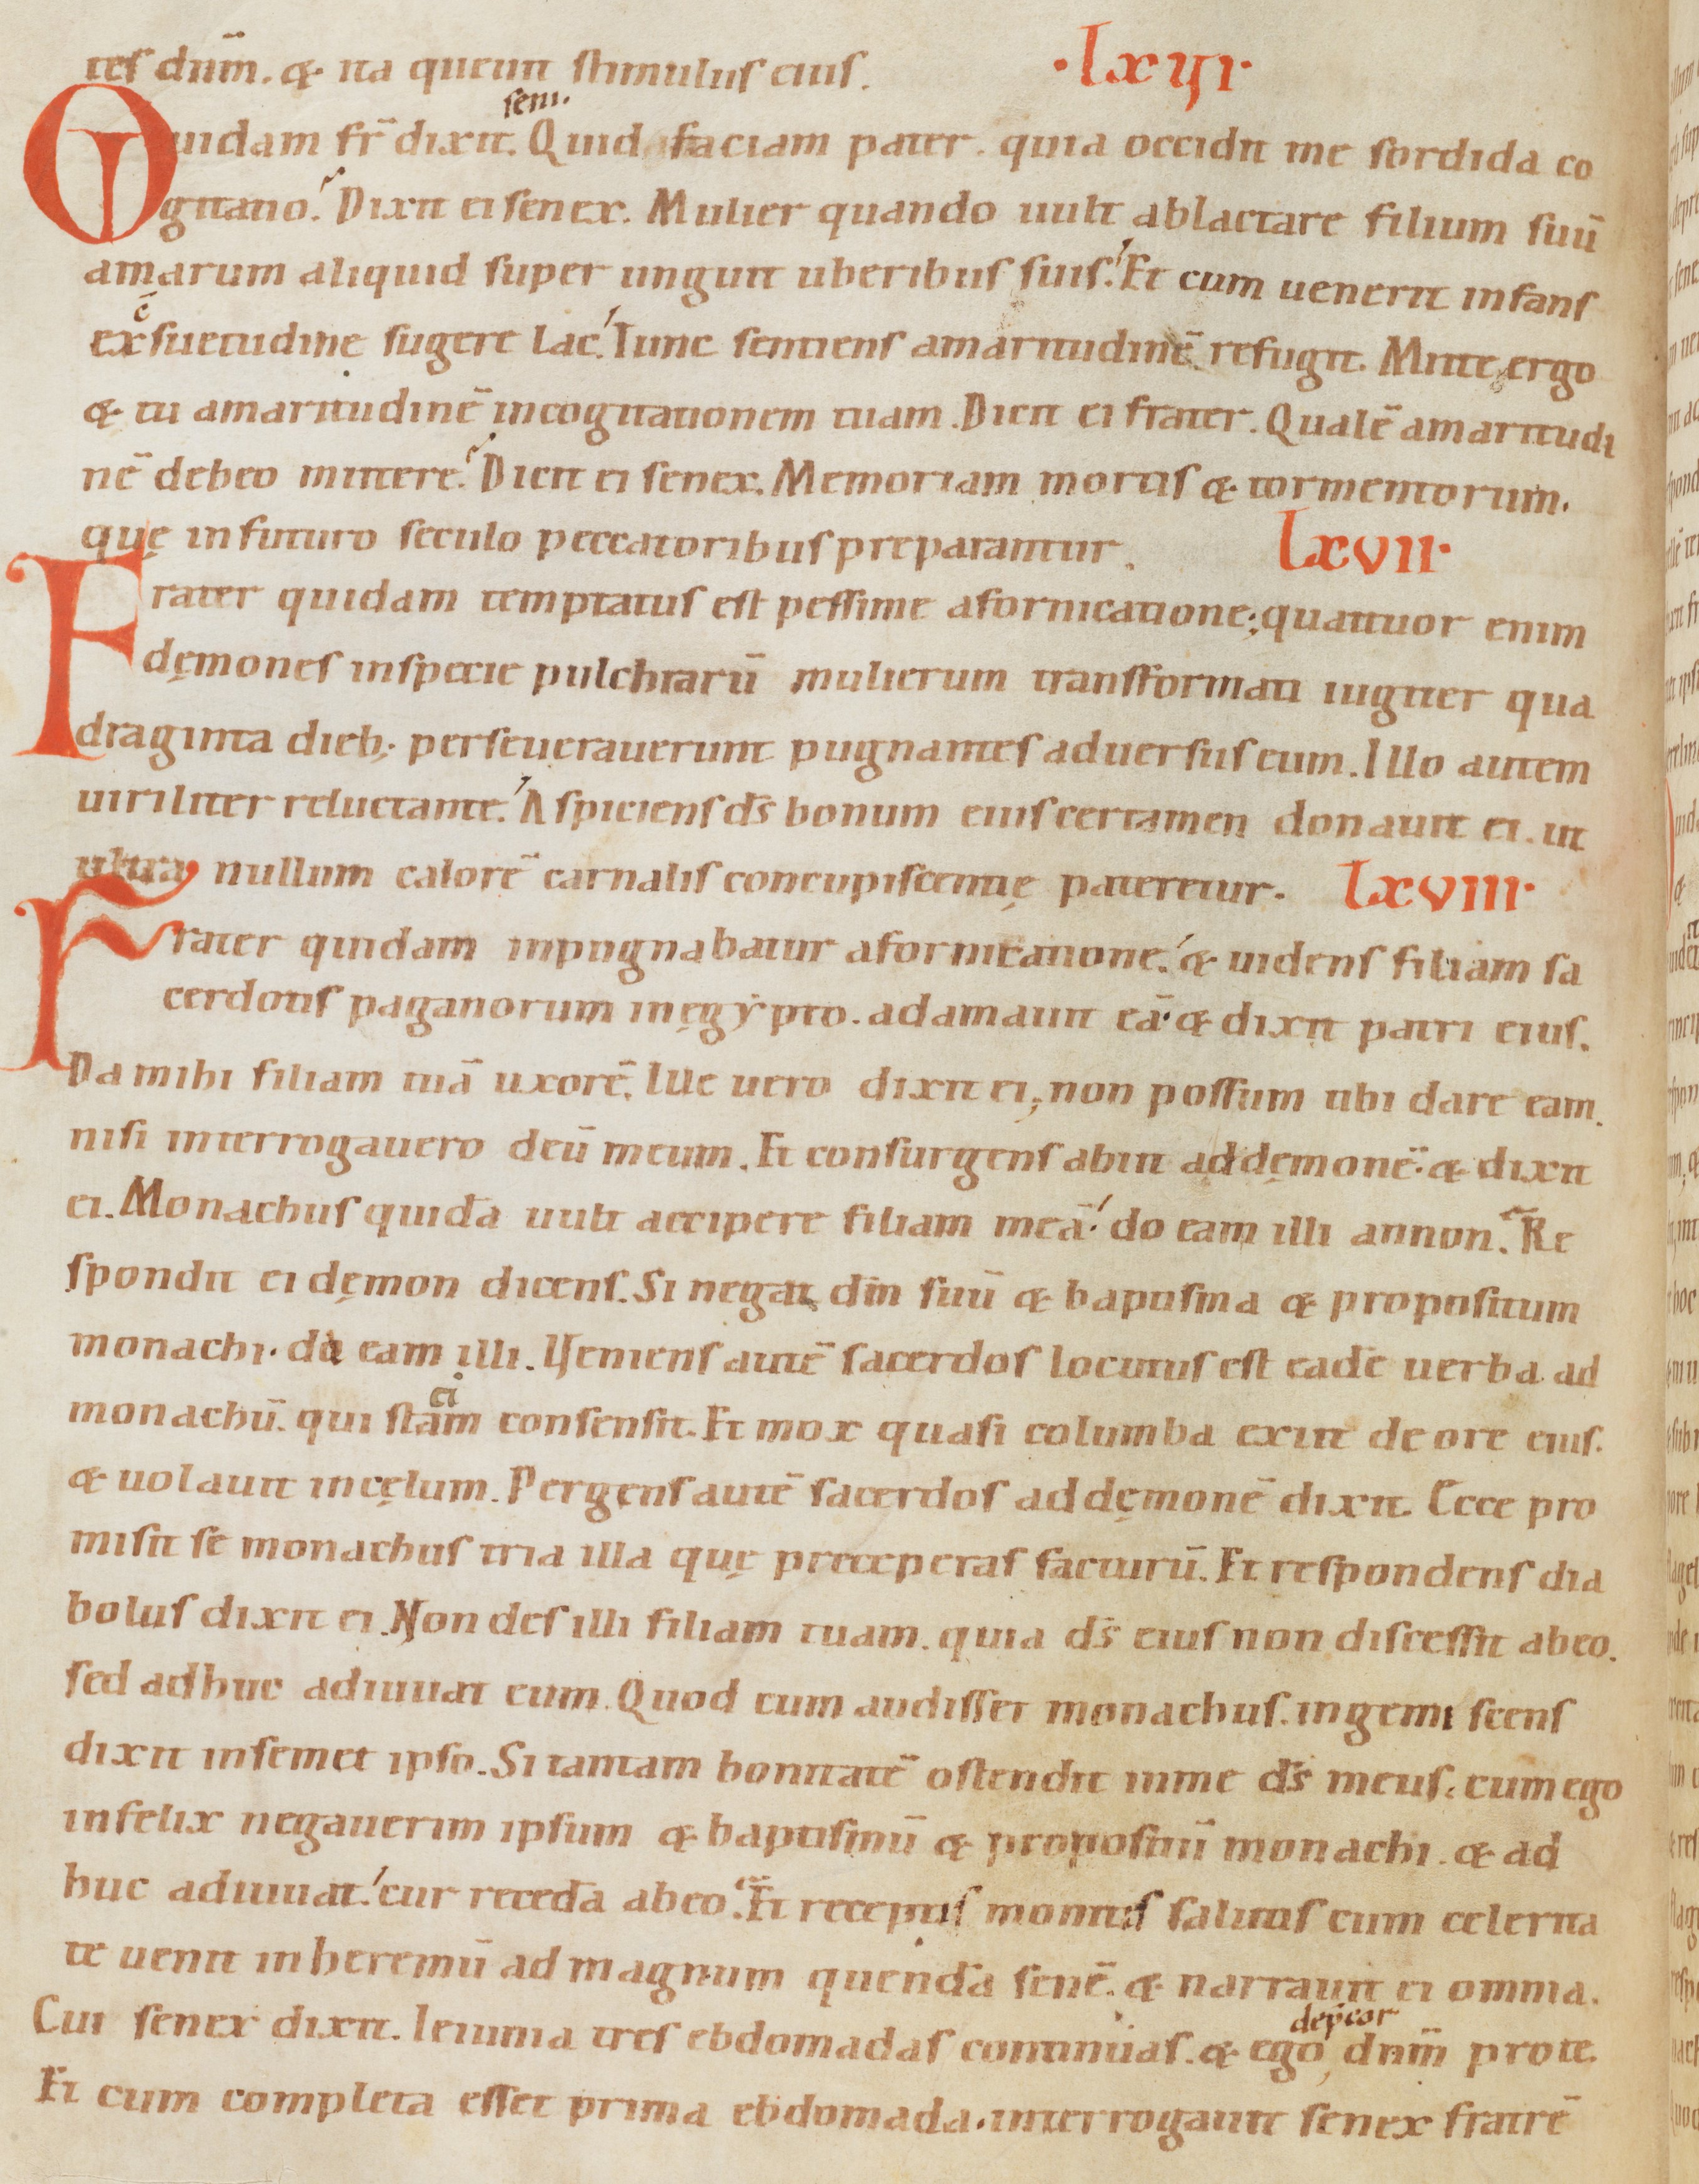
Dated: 1080–1096